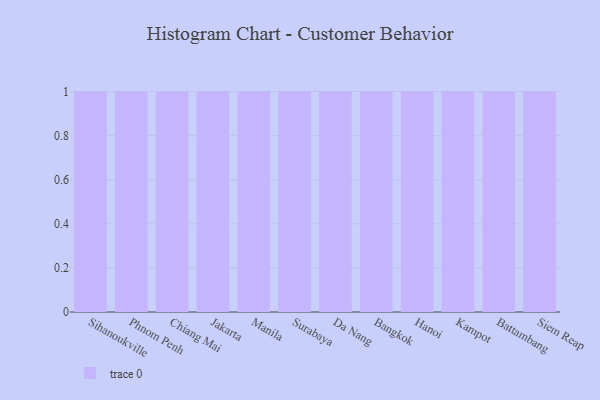
{"axis": {"x": "City", "y": "Headcount"}, "legend": [""], "data": [{"x": "Sihanoukville", "y": 35, "type": ""}, {"x": "Phnom Penh", "y": 78, "type": ""}, {"x": "Chiang Mai", "y": 27, "type": ""}, {"x": "Jakarta", "y": 27, "type": ""}, {"x": "Manila", "y": 100, "type": ""}, {"x": "Surabaya", "y": 41, "type": ""}, {"x": "Da Nang", "y": 50, "type": ""}, {"x": "Bangkok", "y": 84, "type": ""}, {"x": "Hanoi", "y": 97, "type": ""}, {"x": "Kampot", "y": 19, "type": ""}, {"x": "Battambang", "y": 62, "type": ""}, {"x": "Siem Reap", "y": 67, "type": ""}]}